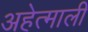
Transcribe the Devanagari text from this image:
अहेत्माली